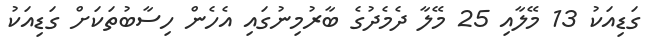
ގަޑިއަކު 13 މޭލާއި 25 މޭލާ ދެމެދުގެ ބާރުމިނުގައި އެހެން ހިސާބުތަކަށް ގަޑިއަކު